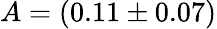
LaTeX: A=(0.11\pm 0.07)